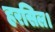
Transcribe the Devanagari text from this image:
हरसिल।